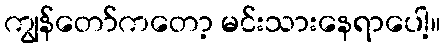
ကျွန်တော်ကတော့ မင်းသားနေရာပေါ့။